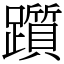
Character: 躓